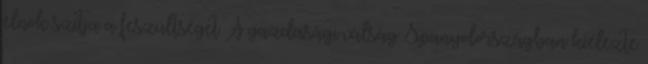
elnök szítja a feszültséget A gazdasági válság Spanyolországban kiélezte